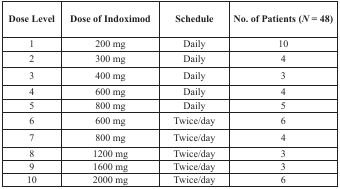
<table><thead><tr><td><b>Dose Level</b></td><td><b>Dose of Indoximod</b></td><td><b>Schedule</b></td><td><b>No. of Patients (<i>N</i>= 48)</b></td></tr></thead><tbody><tr><td>1</td><td>200 mg</td><td>Daily</td><td>10</td></tr><tr><td>2</td><td>300 mg</td><td>Daily</td><td>4</td></tr><tr><td>3</td><td>400 mg</td><td>Daily</td><td>3</td></tr><tr><td>4</td><td>600 mg</td><td>Daily</td><td>4</td></tr><tr><td>5</td><td>800 mg</td><td>Daily</td><td>5</td></tr><tr><td>6</td><td>600 mg</td><td>Twice/day</td><td>6</td></tr><tr><td>7</td><td>800 mg</td><td>Twice/day</td><td>4</td></tr><tr><td>8</td><td>1200 mg</td><td>Twice/day</td><td>3</td></tr><tr><td>9</td><td>1600 mg</td><td>Twice/day</td><td>3</td></tr><tr><td>10</td><td>2000 mg</td><td>Twice/day</td><td>6</td></tr></tbody></table>